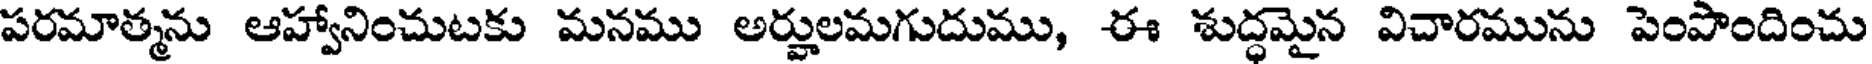
పరమాత్మను ఆహ్వానించుటకు మనము అర్హులమగుదుము, ఈ శుద్ధమైన విచారమును పెంపొందించు